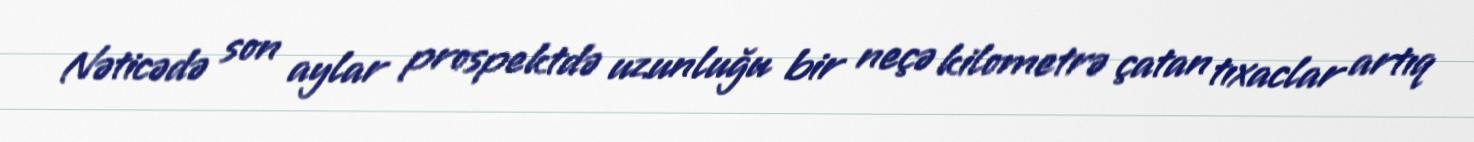
Nəticədə son aylar prospektdə uzunluğu bir neçə kilometrə çatan tıxaclar artıq